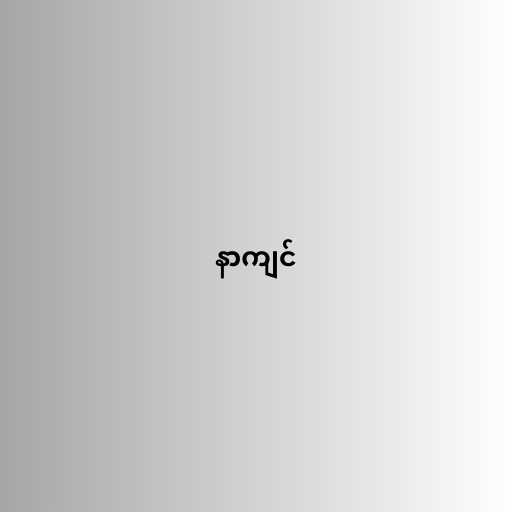
နာကျင်